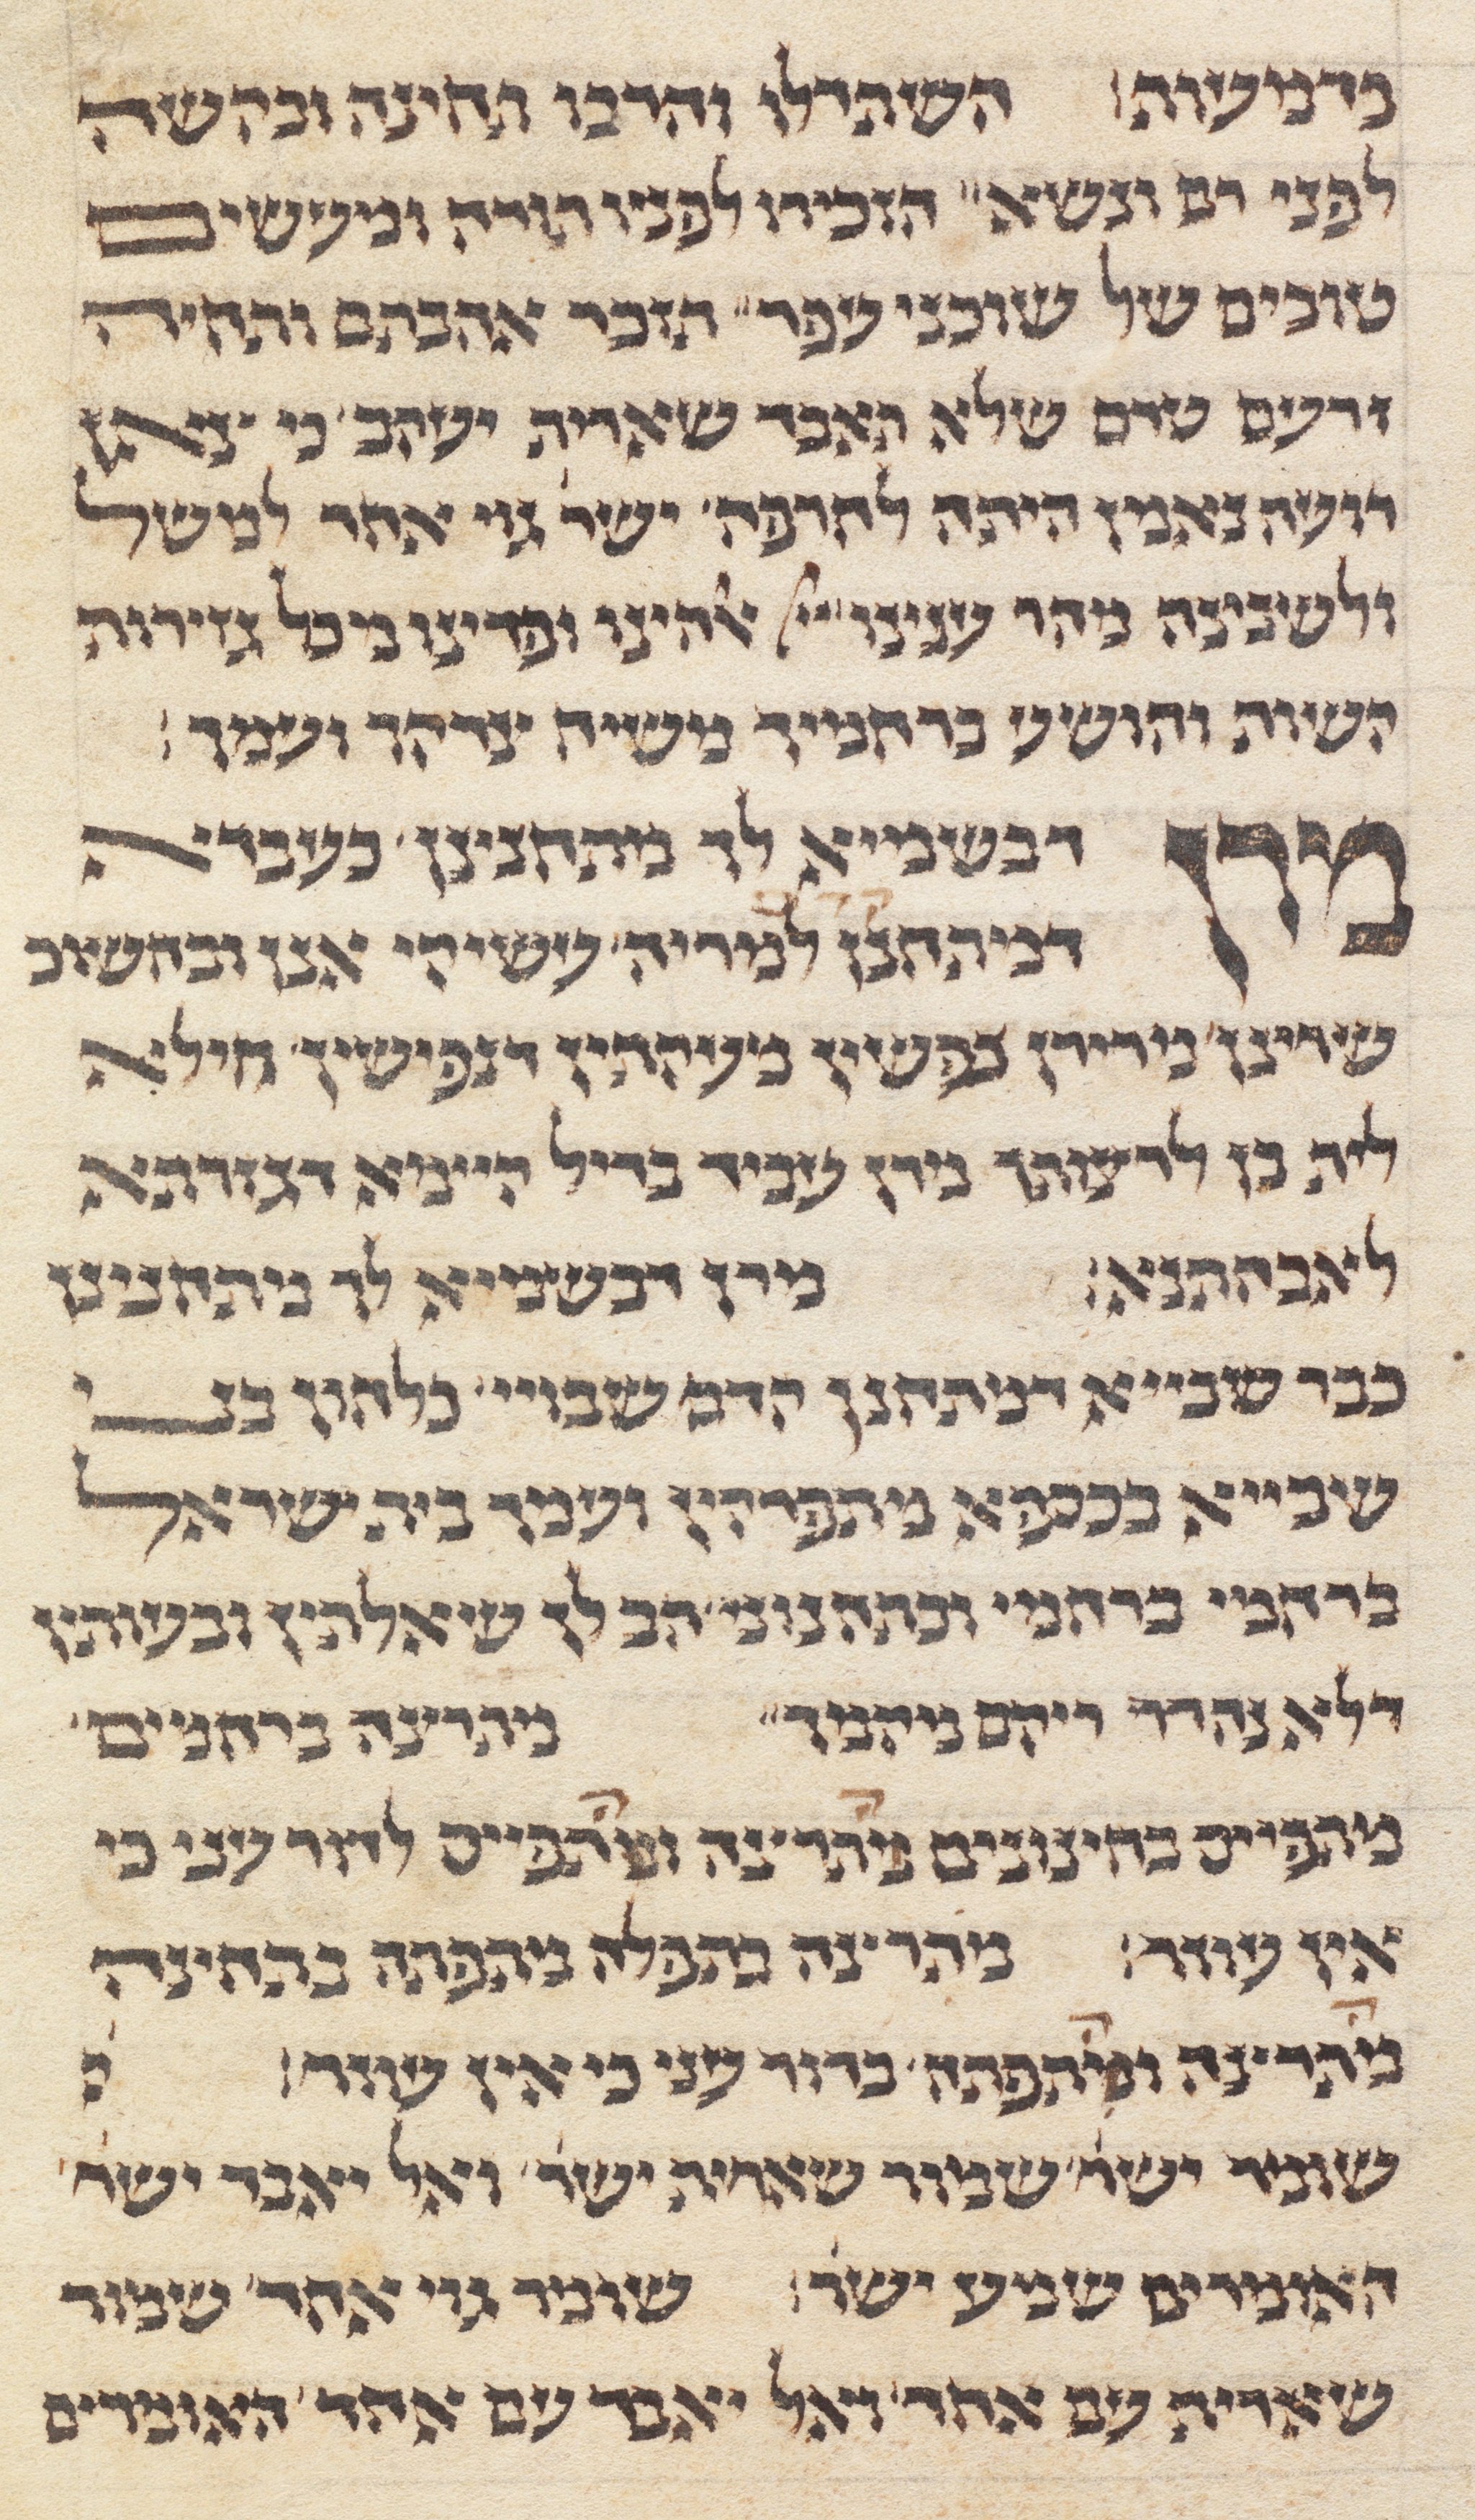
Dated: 1285–1315